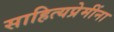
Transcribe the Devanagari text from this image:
साहित्यप्रेमींना